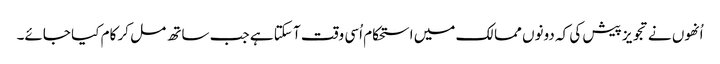
اُنھوں نے تجویز پیش کی کہ دونوں ممالک میں استحکام اُسی وقت آ سکتا ہے جب ساتھ مل کر کام کیا جائے۔